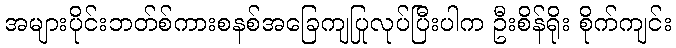
အများပိုင်းဘတ်စ်ကားစနစ်အခြေကျပြုလုပ်ပြီးပါက ဦးစိန်ရိုး စိုက်ကျင်း